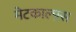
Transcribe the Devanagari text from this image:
मेटकाल्फ़्स